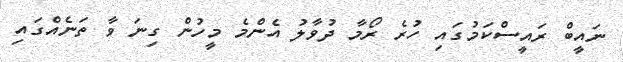
ނައީބް ރައީސްކަމުގައި ހުރެ ރޯމާ ދުވާލު އެންމެ މީހުން ގިނަ ވާ ތަނެއްގައި